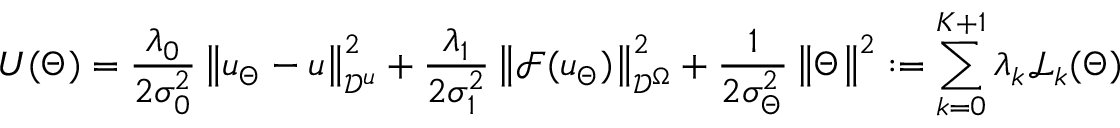
U ( \Theta ) = \frac { \lambda _ { 0 } } { 2 \sigma _ { 0 } ^ { 2 } } \left\| u _ { \Theta } - u \right\| _ { \mathcal { D } ^ { u } } ^ { 2 } + \frac { \lambda _ { 1 } } { 2 \sigma _ { 1 } ^ { 2 } } \left\| \mathcal { F } ( u _ { \Theta } ) \right\| _ { \mathcal { D } ^ { \Omega } } ^ { 2 } + \frac { 1 } { 2 \sigma _ { \Theta } ^ { 2 } } \left\| \Theta \right\| ^ { 2 } : = \sum _ { k = 0 } ^ { K + 1 } \lambda _ { k } \mathcal { L } _ { k } ( \Theta )